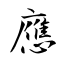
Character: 應